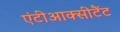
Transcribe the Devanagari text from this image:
एंटीआक्सीटैंट